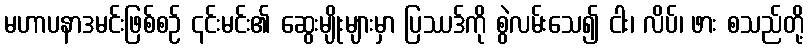
မဟာပနာဒမင်းဖြစ်စဉ် ၎င်းမင်း၏ ဆွေးမျိုးများမှာ ပြဿဒ်ကို စွဲလမ်းသေ၍ ငါး၊ လိပ်၊ ဖား စသည်တို့